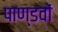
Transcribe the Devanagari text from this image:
पाण्डवाें